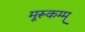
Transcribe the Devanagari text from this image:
मूरूकम्म्